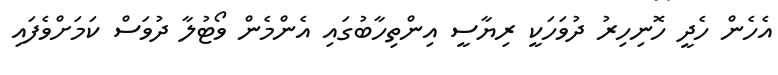
އެހެން ހެދީ ހޮނިހިރު ދުވަހަކީ ރިޔާސީ އިންތިހާބުގައި އެންމެން ވޯޓުލާ ދުވަސް ކަމަށްވެފައި